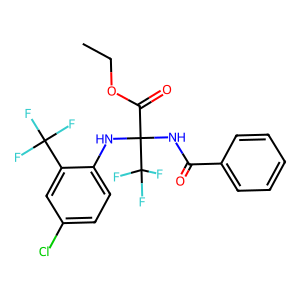
SMILES: CCOC(=O)C(NC(=O)c1ccccc1)(Nc1ccc(Cl)cc1C(F)(F)F)C(F)(F)F
Inhibits HIV replication: No